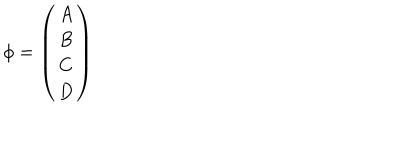
LaTeX: \phi = \left( \begin{array} { c } { { A } } \\ { { B } } \\ { { C } } \\ { { D } } \\ \end{array} \right)